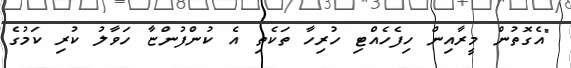
"އެގޮތުން މީރާއިން ހިފެހެއްޓި ހުރިހާ ތަކެތި އެ ކުންފުންޏާ ހަވާލު ކުރި ކަމުގެ